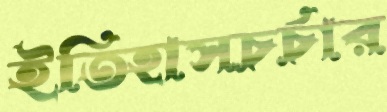
ইতিহাসচর্চার